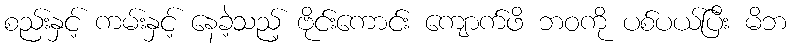
စည်းနှင့် ကမ်းနှင့် နေခဲ့သည့် ဗိုင်းကောင်း ကျောက်ဖိ ဘဝကို ပစ်ပယ်ပြီး မိဘ